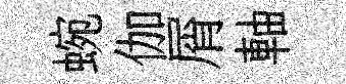
蜿伽屑軸